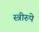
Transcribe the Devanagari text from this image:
स्त्रीरुपे